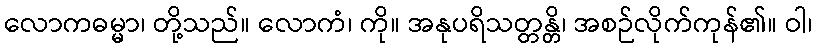
လောကဓမ္မာ၊ တို့သည်။ လောကံ၊ ကို။ အနုပရိသတ္တန္တိ၊ အစဉ်လိုက်ကုန်၏။ ဝါ၊